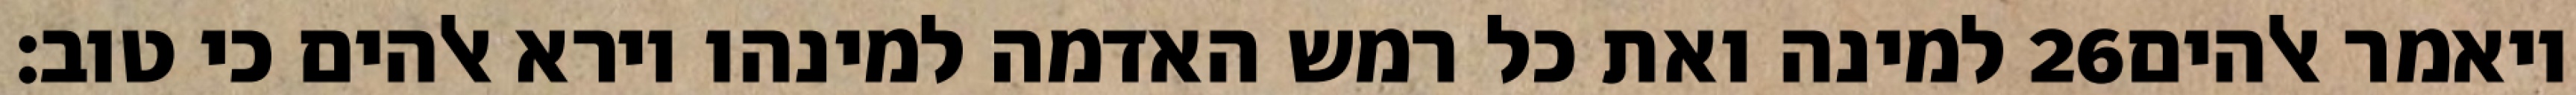
למינה ואת כל רמש האדמה למינהו וירא אלהים כי טוב׃ ‎26‏ ויאמר אלהים